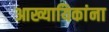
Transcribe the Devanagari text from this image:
आख्यायिकांना